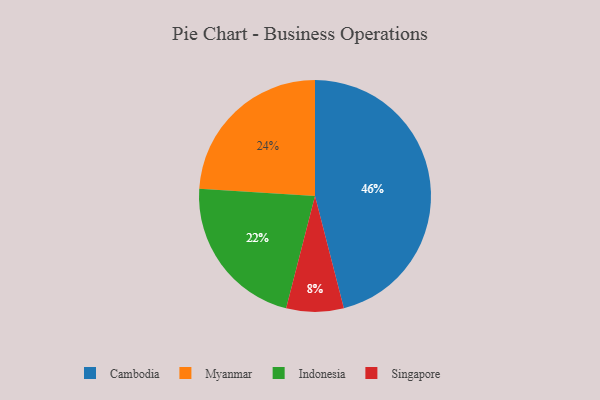
{"axis": {"x": "Category", "y": "Percentage"}, "legend": ["Cambodia", "Indonesia", "Myanmar", "Singapore"], "data": [{"x": "Cambodia", "y": 46, "type": "Cambodia"}, {"x": "Myanmar", "y": 24, "type": "Myanmar"}, {"x": "Indonesia", "y": 22, "type": "Indonesia"}, {"x": "Singapore", "y": 8, "type": "Singapore"}]}